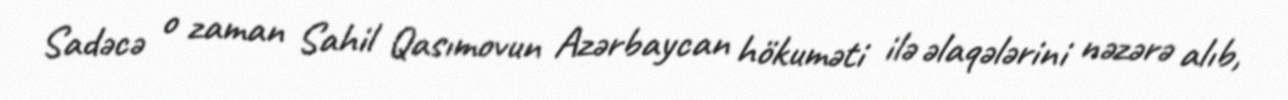
Sadəcə o zaman Sahil Qasımovun Azərbaycan hökuməti ilə əlaqələrini nəzərə alıb,